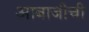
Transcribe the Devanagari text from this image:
आबाजीची